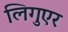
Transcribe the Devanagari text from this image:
लिगुएर